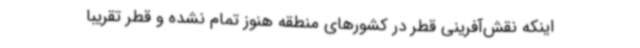
اینکه نقش‌آفرینی قطر در کشورهای منطقه هنوز تمام نشده و قطر تقریبا